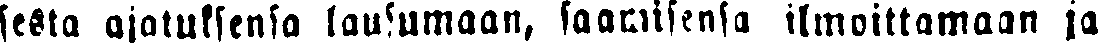
sesta ajatuksensa lausumaan, saamisensa ilmoittamaan ja